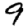
Digit: 9